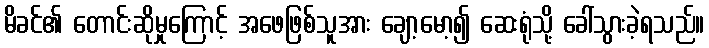
မိခင်၏ တောင်းဆိုမှုကြောင့် အဖေဖြစ်သူအား ချော့မော့၍ ဆေးရုံသို့ ခေါ်သွားခဲ့ရသည်။